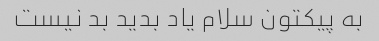
به پیکتون سلام یاد بدید بد نیست